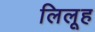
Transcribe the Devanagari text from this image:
लिलूह